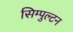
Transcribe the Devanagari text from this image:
सिम्पुल्टन